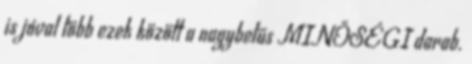
is jóval több ezek között a nagybetűs MINŐSÉGI darab.